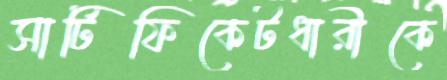
সার্টিফিকেটধারীকে